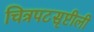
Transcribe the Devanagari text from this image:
चित्रपटसृष्टीली